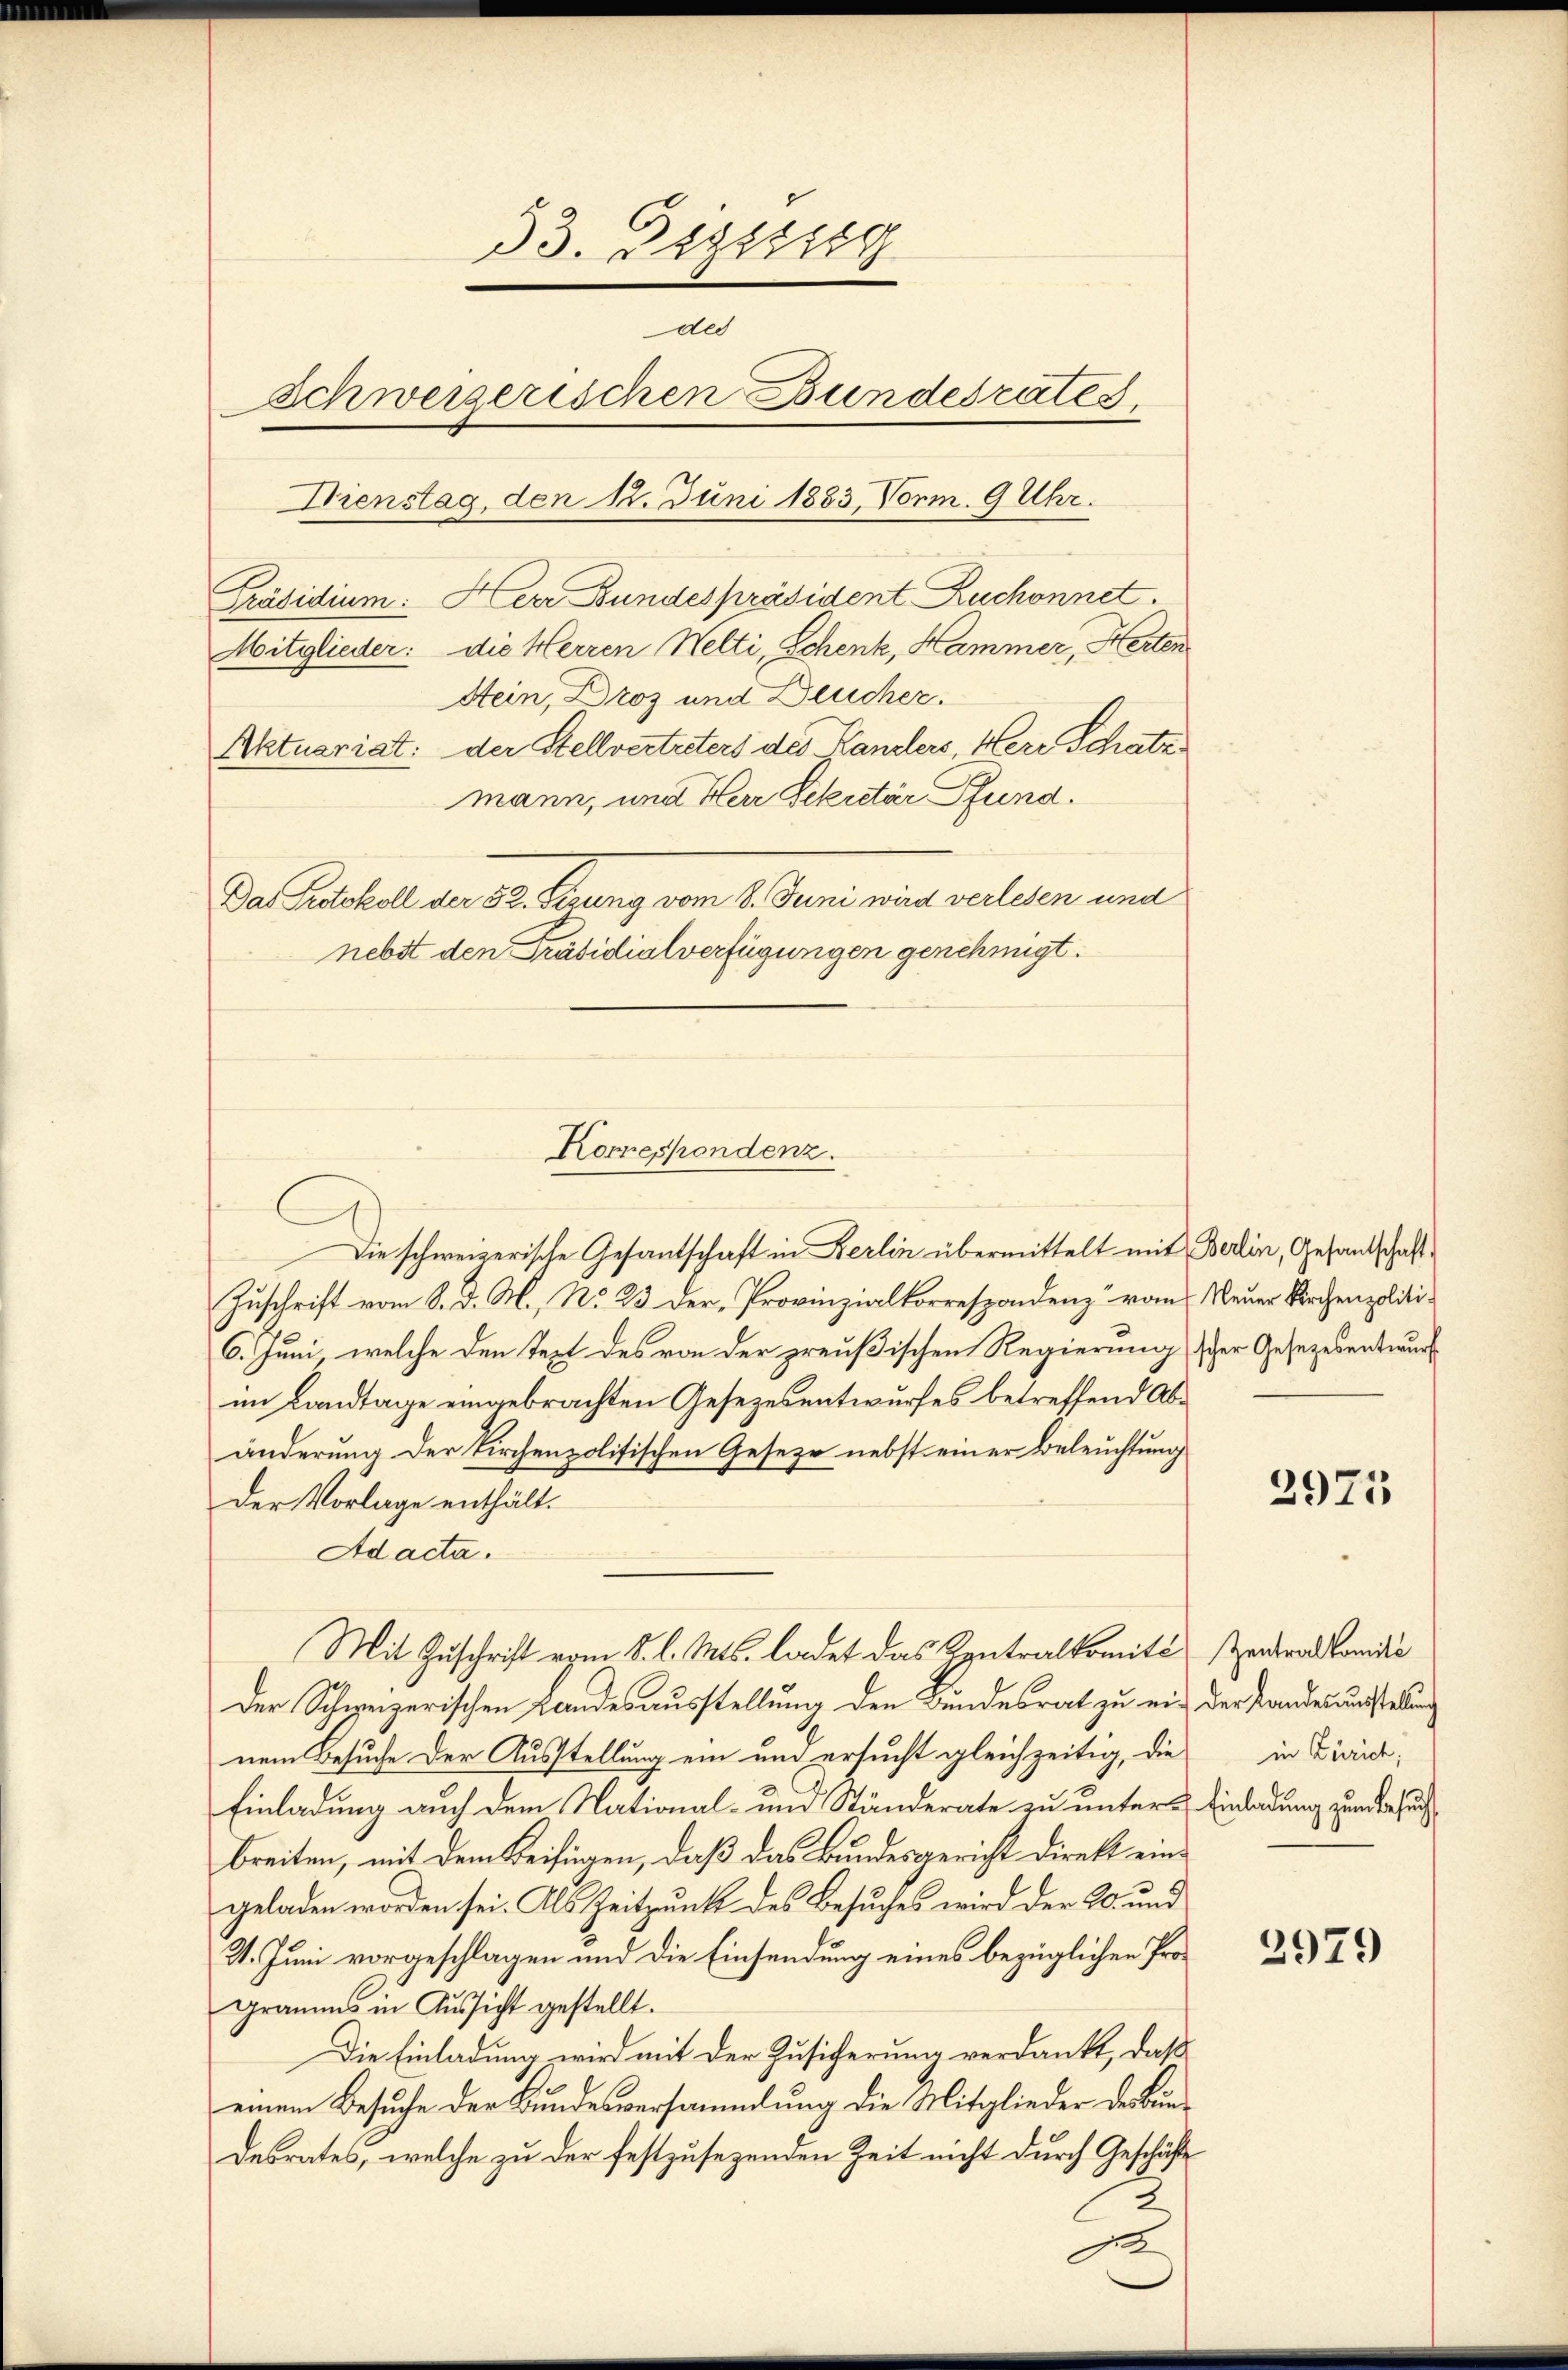
33. Bezeig
des
Schweizerischen Bundesrates,
Nienstag, den 12. Juni 1883, Vorm. 9 Uhr.
Präsidium: Herr Bundespräsident Zuchonnet.
Mitglieder: die Herren Welti, Schenk, Hammer, Herten
Stein, Droz und Deucher.
Aktuariat: der Stellvertreters des Kanzlers, Herr Schatz
mann, und Herr Dekretär Pfund.
Das Gutskoll der 30. Jung vom 1. Juni und verlesen und
nebst den Präsidialverfügungen genehmigt.

Die schweizerische Gesandtschaft in Berlin übermittelt mit Berlin, Gesandschaft
Zuschrift vom 8. d. M., No 23. Der Provinzialkorrespondenz vom Neuer Kirchenpoliti¬
6. Juni, welche den Text des von der preußischen Regierung scher Gesezesentwurf
im Landtage eingebrachten Gesezesentwurfes betreffend Abänderung der Kirchenpolitischen Geseze nebst einer Beleuchtung
Der Vorlage enthält.
Ad acta.
Der Schweizerischen Landesausstellung den Bundesrat zu ein der Landesausstellung
nem Besuche der Ausstellung ein und ersucht gleichzeitig, die
Einladung auch dem National- und Ständerate zu unter Einladung zum besuchbreiten, mit dem Keifügen, daß das Bundesgericht direkt eingeladen worden sei. Als Zeitpunkt des Besuches wird der 20. und
31. Juni vorgeschlagen und die Einsendung eines bezüglichen Programms in Aussicht gestellt.
Die Einladung wird mit der Zusicherung verdankt, daß
einem Besuche der Bundesversammlung die Mitglieder des Bundesrates, welche zu der festzusetzenden Zeit nicht durch Geschäfte
ge

Korrespondenz.

Mit Zuschrift vom 8. l. Mts. ladet das Zentralkomité entralkomdie

2975

in Zürich;

2979